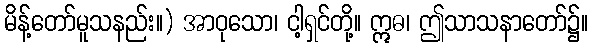
မိန့်တော်မူသနည်း။) အာဝုသော၊ ငါ့ရှင်တို့။ ဣဓ၊ ဤသာသနာတော်၌။